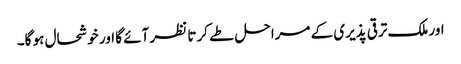
اور ملک ترقی پذیری کے مراحل طے کرتا نظر آئے گا اور خوشحال ہو گا۔